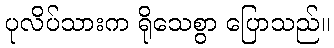
ပုလိပ်သားက ရိုသေစွာ ပြောသည်။